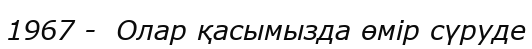
1967 -  Олар қасымызда өмір сүруде